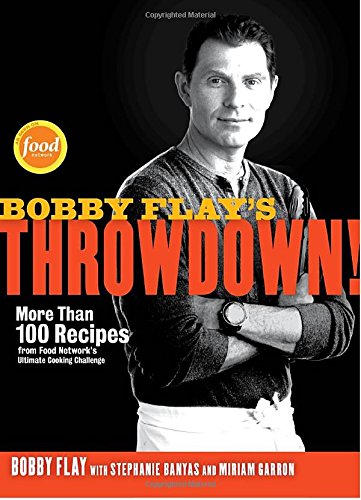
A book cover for Bobby Flay's Throwdown!: More Than 100 Recipes from Food Network's Ultimate Cooking Challenge; Bobby Flay; Cookbooks, Food & Wine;